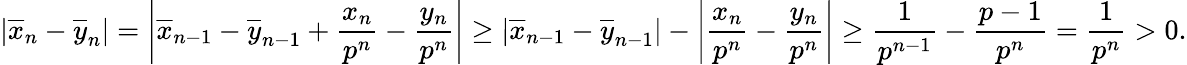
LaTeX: \left\vert\overline{{x}}_{n}-\overline{{y}}_{n}\right\vert=\left\vert\overline{{x}}_{n-1}-\overline{{y}}_{n-1}+\frac{x_{n}}{p^{n}}-\frac{y_{n}}{p^{n}}\right\vert\geq\left\vert\overline{{x}}_{n-1}-\overline{{y}}_{n-1}\right\vert-\left\vert\frac{x_{n}}{p^{n}}-\frac{y_{n}}{p^{n}}\right\vert\geq\frac{1}{p^{n-1}}-\frac{p-1}{p^{n}}=\frac{1}{p^{n}}>0.